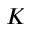
K